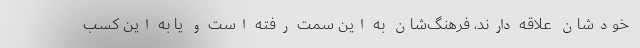
خودشان علاقه دارند، فرهنگ‌شان به این سمت رفته است و یا به این کسب